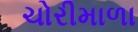
ચોરીમાળા